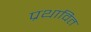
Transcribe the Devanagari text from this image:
प्रथावित